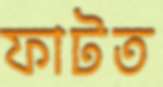
ফাটত